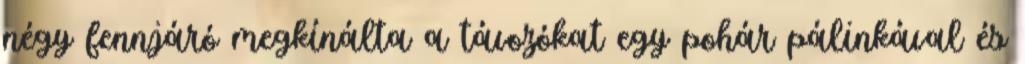
négy fennjáró megkínálta a távozókat egy pohár pálinkával és